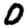
Digit: 0